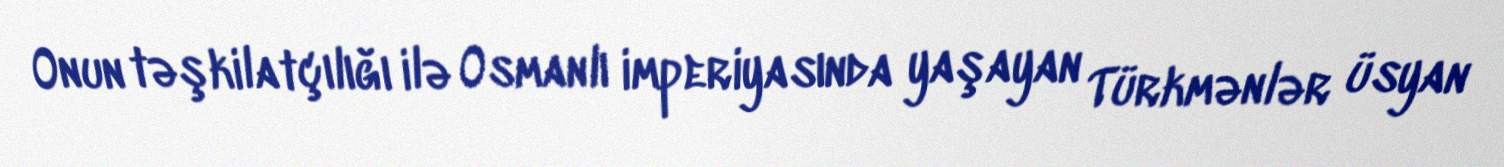
Onun təşkilatçılığı ilə Osmanlı imperiyasında yaşayan Türkmənlər üsyan